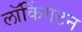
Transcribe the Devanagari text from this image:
लॉकिंगटन